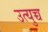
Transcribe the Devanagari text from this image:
उत्युच्च